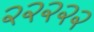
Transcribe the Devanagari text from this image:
२२२२२